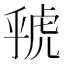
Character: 𮓦